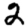
Digit: 2